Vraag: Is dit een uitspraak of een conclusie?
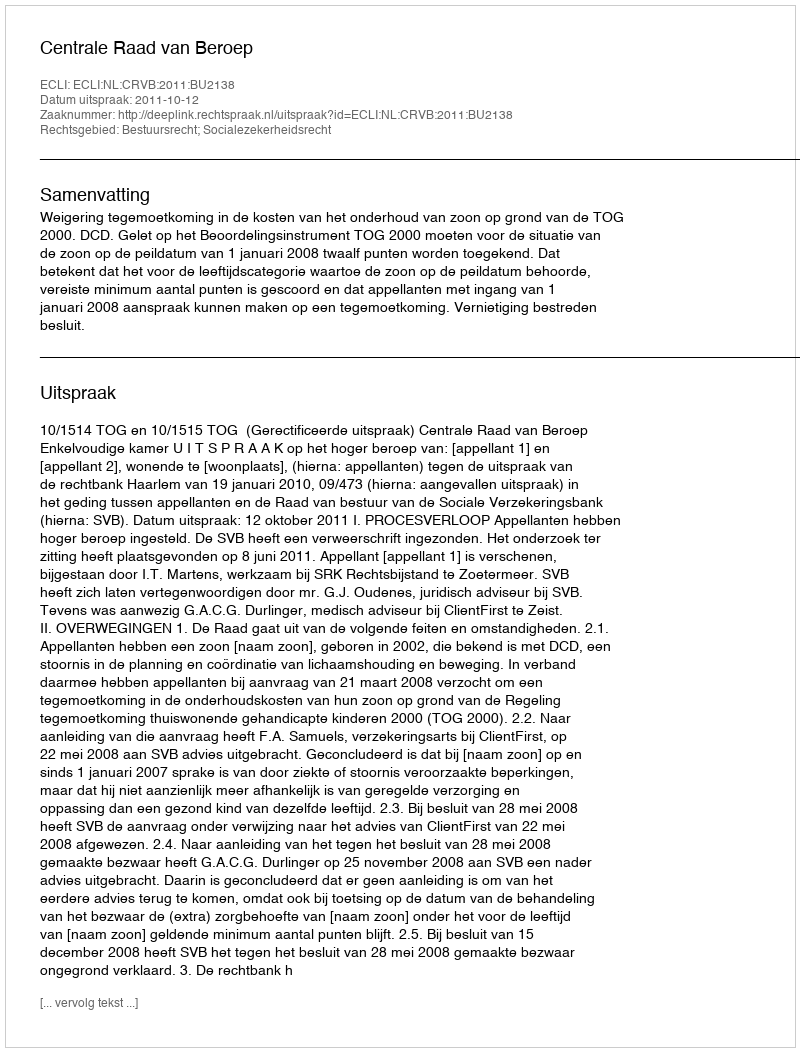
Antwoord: Uitspraak